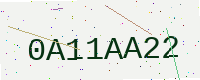
Text: 0A11AA22